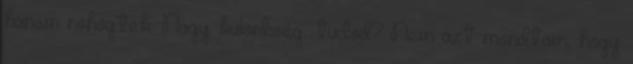
hanem röhögtek. Nagy különbség, tudod? Nem azt mondtam, hogy